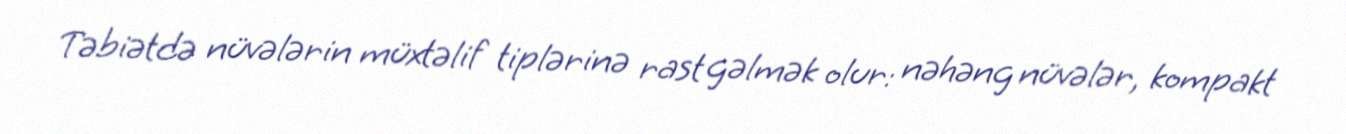
Təbiətdə nüvələrin müxtəlif tiplərinə rast gəlmək olur: nəhəng nüvələr, kompakt